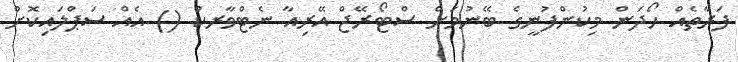
ފަރާތެއް ހޯދަން މިކުންފުނީގެ ބޭނުމަށް ސްޓޯރޭޖް އޭރިއާ ނެޓްވާރކް () އެއް ސަޕްލައިކޮށް